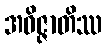
အဝိဇ္ဇာတိဿ